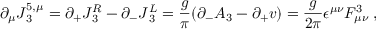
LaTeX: \partial _ { \mu } J { ^ { 5 , \mu } _ { 3 } } = \partial _ { + } J { _ 3 ^ { R } } - \partial _ { - } J { _ 3 ^ { L } } = { \frac { g } { \pi } } ( \partial _ { - } A _ { 3 } - \partial _ { + } v ) = { \frac { g } { 2 \pi } } \epsilon ^ { \mu \nu } F _ { \mu \nu } ^ { 3 } \; ,